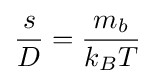
{\frac {s}{D}}={\frac {m_{b}}{k_{B}T}}